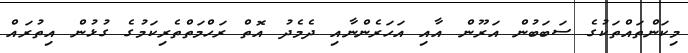
މިކަންތައްތަކުގެ ސަބަބުން އަރޫން އާއި އަހަރެންނާއި ދެމެދު އޮތް ރަހްމަތްތެރިކަމުގެ ގުޅުން އިތުރައް